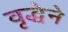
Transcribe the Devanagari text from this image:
वृद्धेने